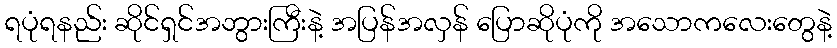
ရပုံရနည်း ဆိုင်ရှင်အဘွားကြီးနဲ့ အပြန်အလှန် ပြောဆိုပုံကို အသောကလေးတွေနဲ့